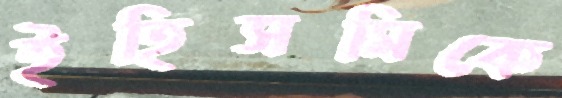
ইহিসমিকে